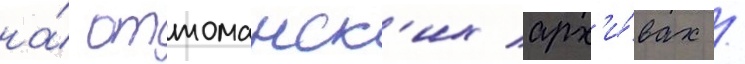
на́ оттоманск'их арх'и́вах /